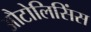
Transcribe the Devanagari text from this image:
औटोलिसिंस